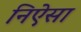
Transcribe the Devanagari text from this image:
निऐसा